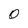
Character: 0